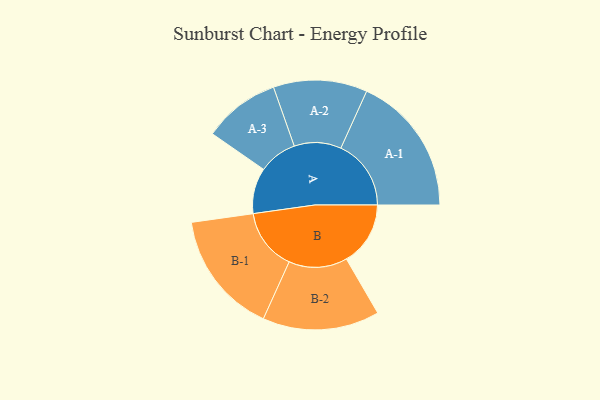
{"axis": {"x": "Segment", "y": "Value"}, "legend": ["", "A", "B"], "data": [{"x": "A", "y": 155, "type": ""}, {"x": "B", "y": 217, "type": ""}, {"x": "A-1", "y": 238, "type": "A"}, {"x": "A-2", "y": 159, "type": "A"}, {"x": "A-3", "y": 130, "type": "A"}, {"x": "B-1", "y": 209, "type": "B"}, {"x": "B-2", "y": 198, "type": "B"}]}